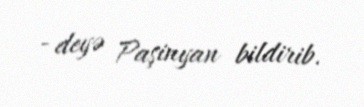
- deyə Paşinyan bildirib.